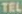
TEL